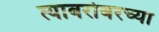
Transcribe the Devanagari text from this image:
त्याबरोबरच्या